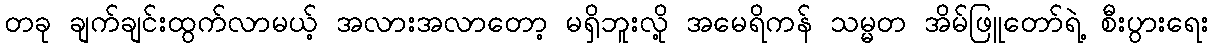
တခု ချက်ချင်းထွက်လာမယ့် အလားအလာတော့ မရှိဘူးလို့ အမေရိကန် သမ္မတ အိမ်ဖြူတော်ရဲ့ စီးပွားရေး